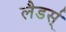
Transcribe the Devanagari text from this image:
लैडर्स्